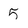
Character: 5